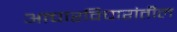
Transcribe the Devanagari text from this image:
आचारविचारांतील